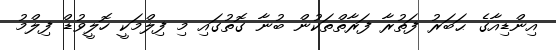
އިންޑިއާގެ ޙަބަރު ފަތުރާ ފަރާތްތަކުން ބުނާ ގޮތުގައި މި ފިލްމަކީ ހޮލީވުޑް ފިލްމު